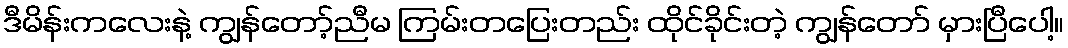
ဒီမိန်းကလေးနဲ့ ကျွန်တော့်ညီမ ကြမ်းတပြေးတည်း ထိုင်ခိုင်းတဲ့ ကျွန်တော် မှားပြီပေါ့။